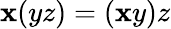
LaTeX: \mathbf{x}(yz)=(\mathbf{x}y)z